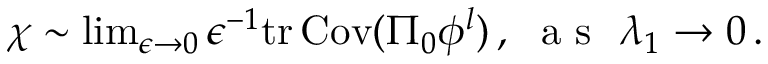
\begin{array} { r } { \chi \sim \operatorname* { l i m } _ { \epsilon \rightarrow 0 } \epsilon ^ { - 1 } \mathrm { t r } \, { \mathrm { C o v } ( \Pi _ { 0 } { { { \phi } ^ { l } } } ) } \, , ~ \mathrm { ~ a ~ s ~ } ~ \lambda _ { 1 } \rightarrow 0 \, . } \end{array}